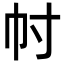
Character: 𢁜